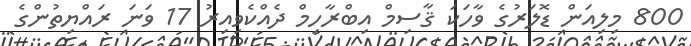
800 މިލިއަން ޑޮލަރުގެ ވާހަކަ ޤާސިމް އިބްރާހިމް ދެއްކެވިއިރު 17 ވަނަ ރައްޔިތުންގެ